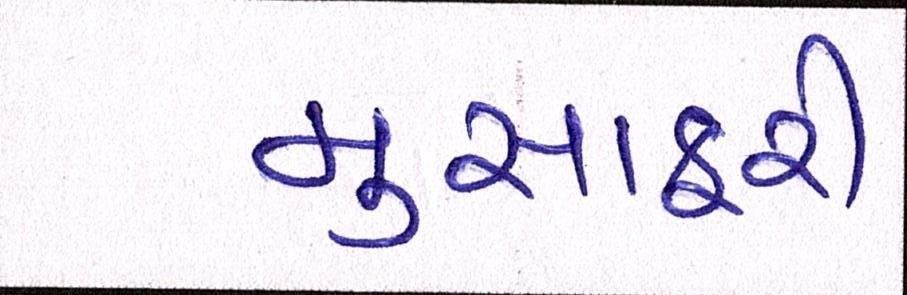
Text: મુસાફરી